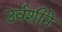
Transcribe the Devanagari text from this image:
उर्वशीने